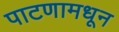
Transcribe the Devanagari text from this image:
पाटणामधून